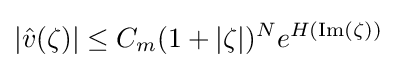
|{\hat {v}}(\zeta )|\leq C_{m}(1+|\zeta |)^{N}e^{H(\mathrm {Im} (\zeta ))}